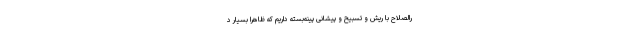
رالصلاح با ریش و تسبیح و پیشانی پینه‌بسته داریم که ظاهراً بسیار د